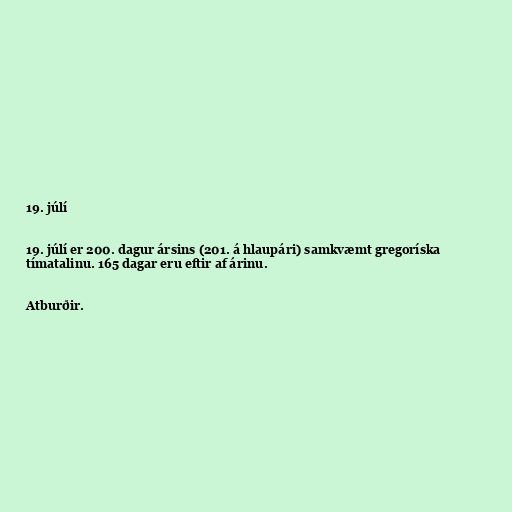
19. júlí

19. júlí er 200. dagur ársins (201. á hlaupári) samkvæmt gregoríska
tímatalinu. 165 dagar eru eftir af árinu.

Atburðir.